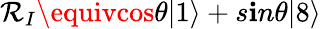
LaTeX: \mathcal{R}_{I}\equivcos\theta|1\rangle+s\mathbf{i}n\theta|8\rangle